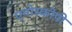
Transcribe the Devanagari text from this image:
एनोस्कोपी